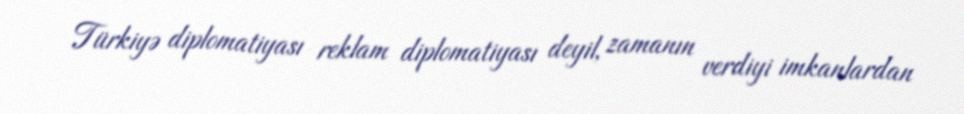
Türkiyə diplomatiyası reklam diplomatiyası deyil, zamanın verdiyi imkanlardan